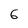
Character: 6